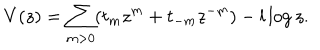
V ( z ) = \sum _ { m > 0 } ( t _ { m } z ^ { m } + t _ { - m } z ^ { - m } ) - l \log z .